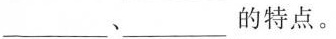
___、___的特点。